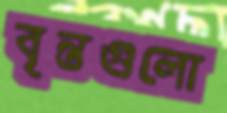
বৃন্তগুলো